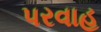
પરવાહ